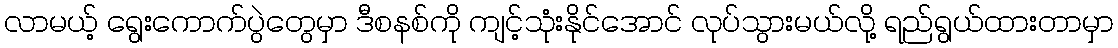
လာမယ့် ရွေးကောက်ပွဲတွေမှာ ဒီစနစ်ကို ကျင့်သုံးနိုင်အောင် လုပ်သွားမယ်လို့ ရည်ရွယ်ထားတာမှာ